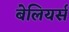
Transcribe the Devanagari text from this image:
बेलियर्स